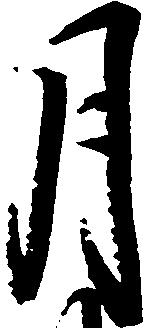
月